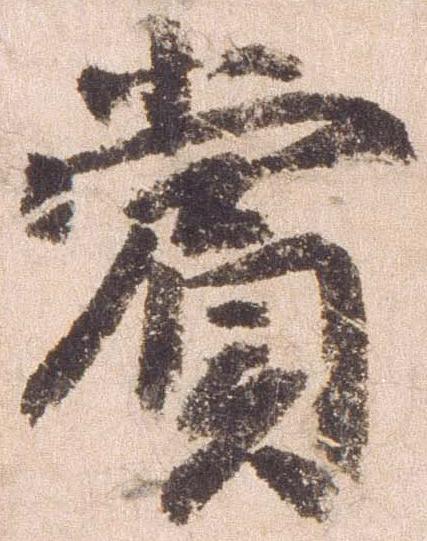
賞